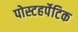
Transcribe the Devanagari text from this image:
पोस्टहर्पेटिक